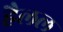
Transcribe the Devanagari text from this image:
हैलल